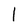
Character: l